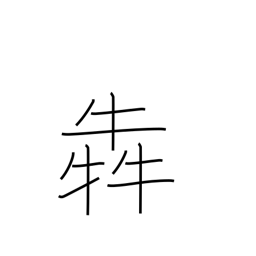
Meaning: clamour